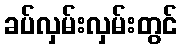
ခပ်လှမ်းလှမ်းတွင်